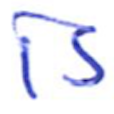
Text: is
Cross-out: clean
Writing tool: ballpoint